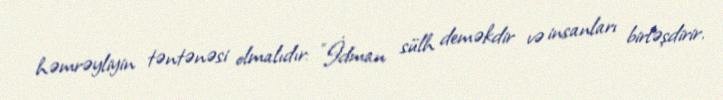
həmrəyliyin təntənəsi olmalıdır: "İdman sülh deməkdir və insanları birləşdirir.